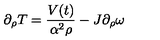
\partial _ { \rho } T = \frac { V ( t ) } { \alpha ^ { 2 } \rho } - J \partial _ { \rho } \omega